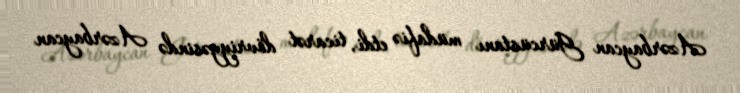
Azərbaycan Gürcüstanı müdafiə etdi, ticarət dövriyyəsində Azərbaycan